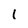
Character: l